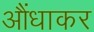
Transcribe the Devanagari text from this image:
आैंधाकर